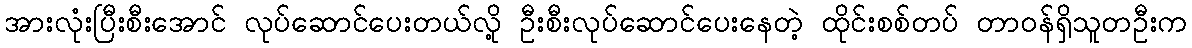
အားလုံးပြီးစီးအောင် လုပ်ဆောင်ပေးတယ်လို့ ဦးစီးလုပ်ဆောင်ပေးနေတဲ့ ထိုင်းစစ်တပ် တာဝန်ရှိသူတဦးက